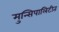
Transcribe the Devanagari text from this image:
मुन्सिपालिटीत